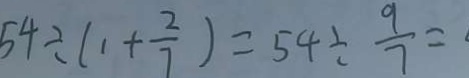
5 4 \div ( 1 + \frac { 2 } { 7 } ) = 5 4 \div \frac { 9 } { 7 } =